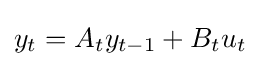
y_{t}=A_{t}y_{t-1}+B_{t}u_{t}